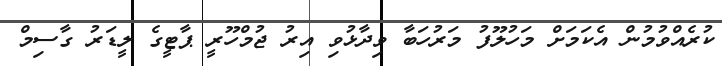
ކުރެއްވުމުން އެކަމަށް މަހުލޫފު މަރުހަބާ ވިދާޅުވި އިރު ޖުމްހޫރީ ޕާޓީގެ ލީޑަރު ގާސިމް